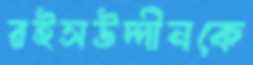
রইসউদ্দীনকে